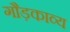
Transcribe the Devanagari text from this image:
गौड़काव्य